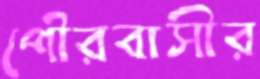
পৌরবাসীর